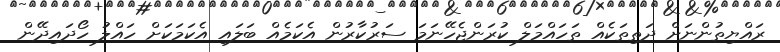
ރައްޔިތުންނަށް ދަތިތަކެއް ތަހައްމަލް ކުރަންޖެހޭނަމަ ސަރުކާރުން އެކަމެއް ބަލައި އެކަމަކަށް ހައްލު ހޯދައިދޭން